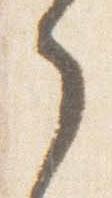
之